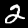
Digit: 2